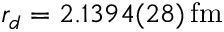
r _ { d } = 2 . 1 3 9 4 ( 2 8 ) \, \mathrm { f m }